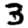
Digit: 3